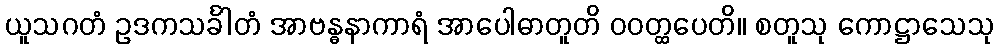
ယူသဂတံ ဥဒကသင်္ခါတံ အာဗန္ဓနာကာရံ အာပေါဓာတူတိ ဝဝတ္ထပေတိ။ စတူသု ကောဋ္ဌာသေသု